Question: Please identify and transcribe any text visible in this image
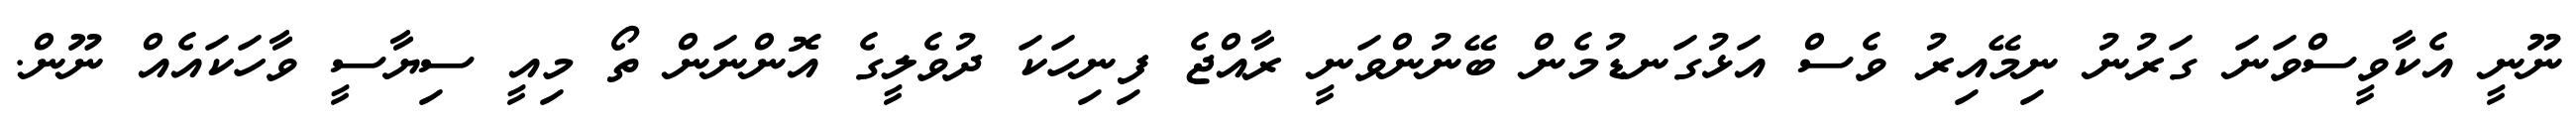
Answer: ނޫނީ އެކާވީސްވަނަ ގަރުނު ނިމޭއިރު ވެސް އަޅުގަނޑުމެން ބޭނުންވަނީ ރާއްޖެ ފިނިހަކަ ދުވެލީގެ އޮންނަން ތޯ މިއީ ސިޔާސީ ވާހަކައެއް ނޫން.